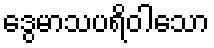
ဒွေမာသပရိဝါသော